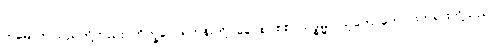
ဣမေ၊ ဤသည်တို့တည်း။ ဘိက္ခဝေ၊ ရဟန်းတို့။ ခေါ၊ စင်စစ်။ သဒ္ဓမ္မာ၊ သူတော်ကောင်းတရားတို့သည်။